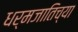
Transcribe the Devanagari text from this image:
धर्मजातिच्या